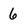
Character: 6